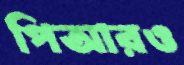
পিআরও